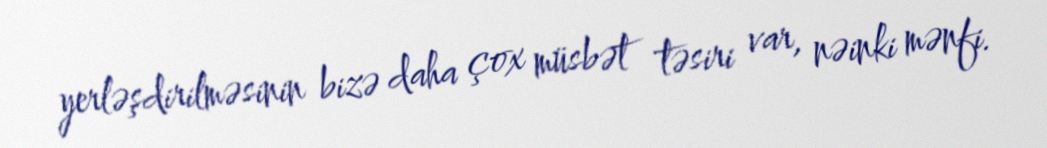
yerləşdirilməsinin bizə daha çox müsbət təsiri var, nəinki mənfi.